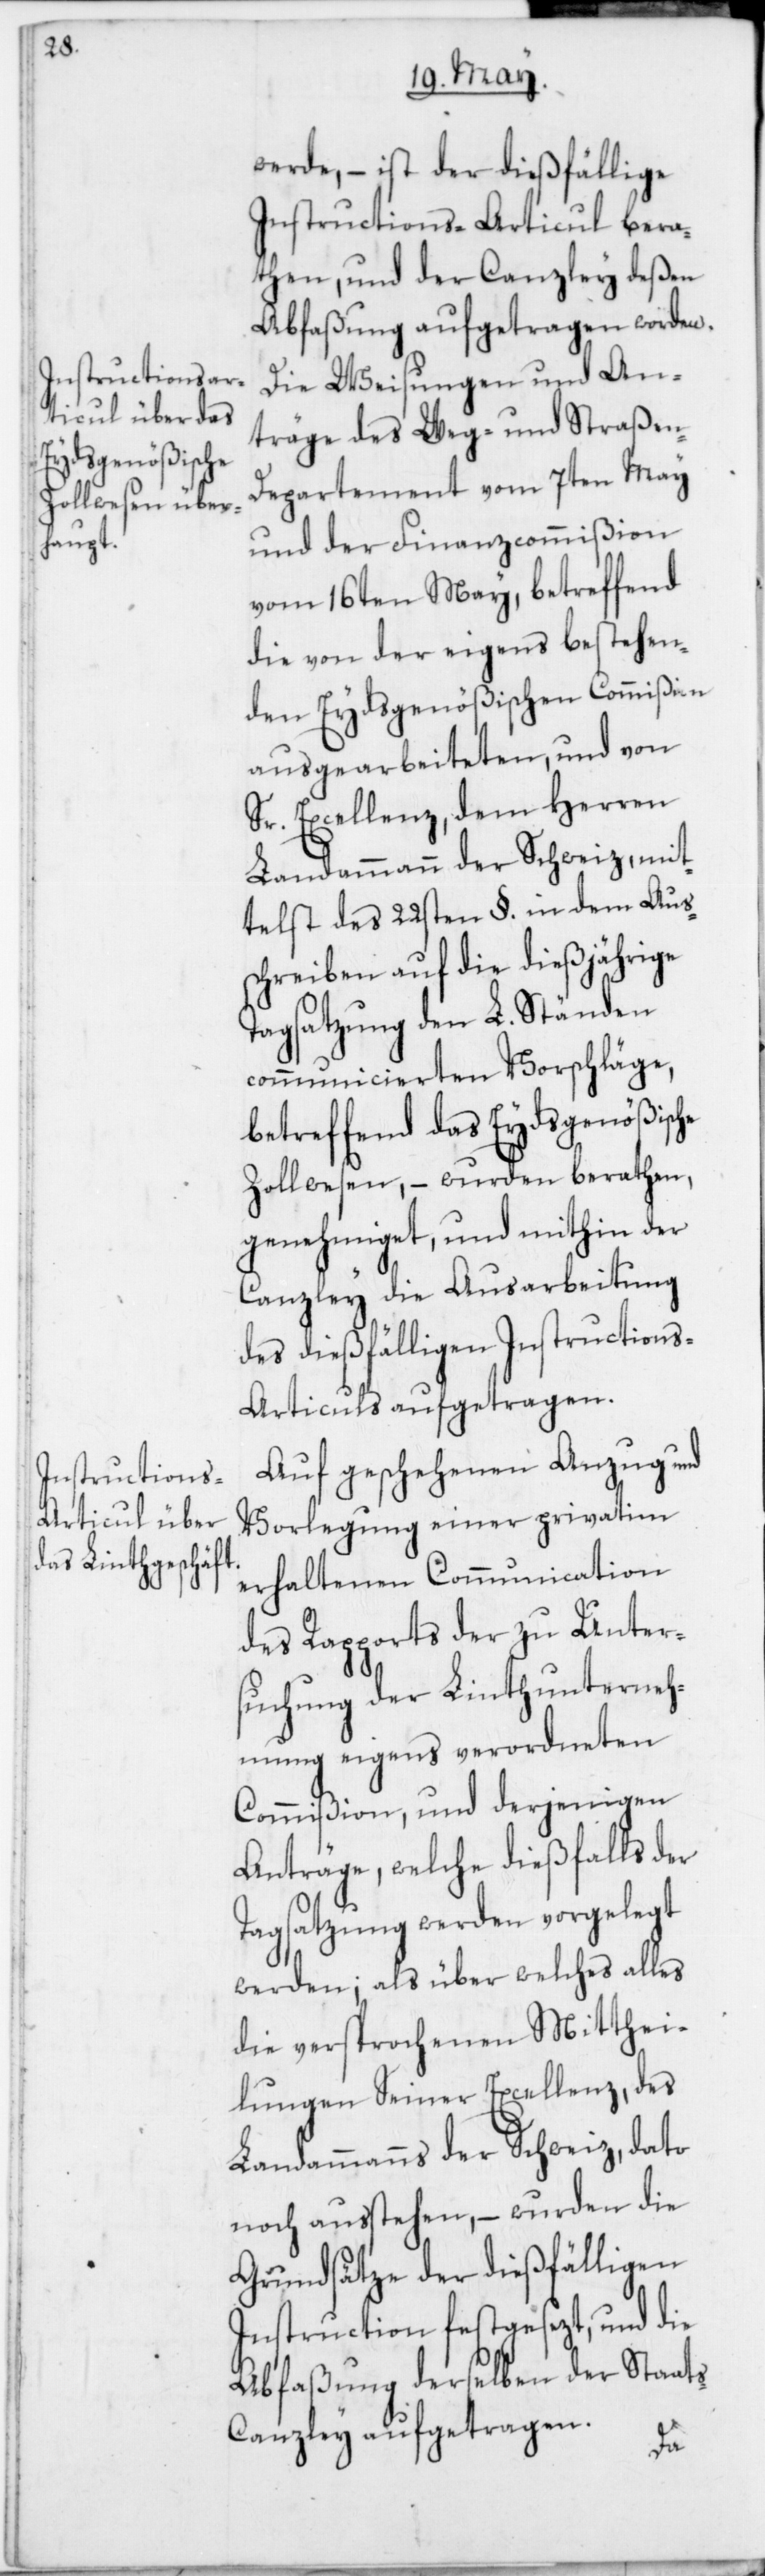
werde, – ist der dießfällige
Instructions-Articul bera¬
then und der Canzley deßen
Abfaßung aufgetragen worden.
Die Weisungen und An¬
träge des Weg- und Straßen-D¬
epartement vom 7ten May
und der Finanzcommißion
vom 16ten May, betreffend
die von der eigens bestehen¬
den Eydsgenößischen Commißion
ausgearbeiteten, und von
Sr. Excellenz dem Herren
Landammann der Schweiz, mit¬
telst des 22sten §. in dem Aus¬
schreiben auf die dießjährige
Tagsatzung den L. Ständen
communicierten Vorschläge,
betreffend das Eydsgenößische
Zollwesen, – wurden berathen,
genehmiget, und mithin der
Canzley die Ausarbeitung
des dießfälligen Instruction¬
s-Articuls aufgetragen.
Auf geschehenen Anzug und
Vorlegung einer privatim
erhaltenen Communication
des Rapports der zu Unter¬
suchung der Linthunterneh¬
mung eigens verordneten
Commißion, und derjenigen
Anträge, welche dießfalls der
Tagsatzung werden vorgelegt
werden; als über welches alles
die versprochenen Mitthei¬
lungen Seiner Excellenz des
Landammanns der Schweiz, dato
noch ausstehen, – wurden die
Grundsätze der dießfälligen
Instruction festgesezt, und die
Abfaßung derselben der Staat¬
s-Canzley aufgetragen.